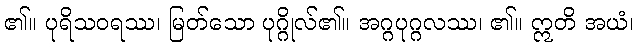
၏။ ပုရိသဝရဿ၊ မြတ်သော ပုဂ္ဂိုလ်၏။ အဂ္ဂပုဂ္ဂလဿ၊ ၏။ ဣတိ အယံ၊